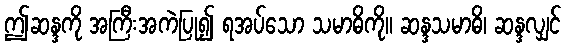
ဤဆန္ဒကို အကြီးအကဲပြု၍ ရအပ်သော သမာဓိကို။ ဆန္ဒသမာဓိ၊ ဆန္ဒလျှင်